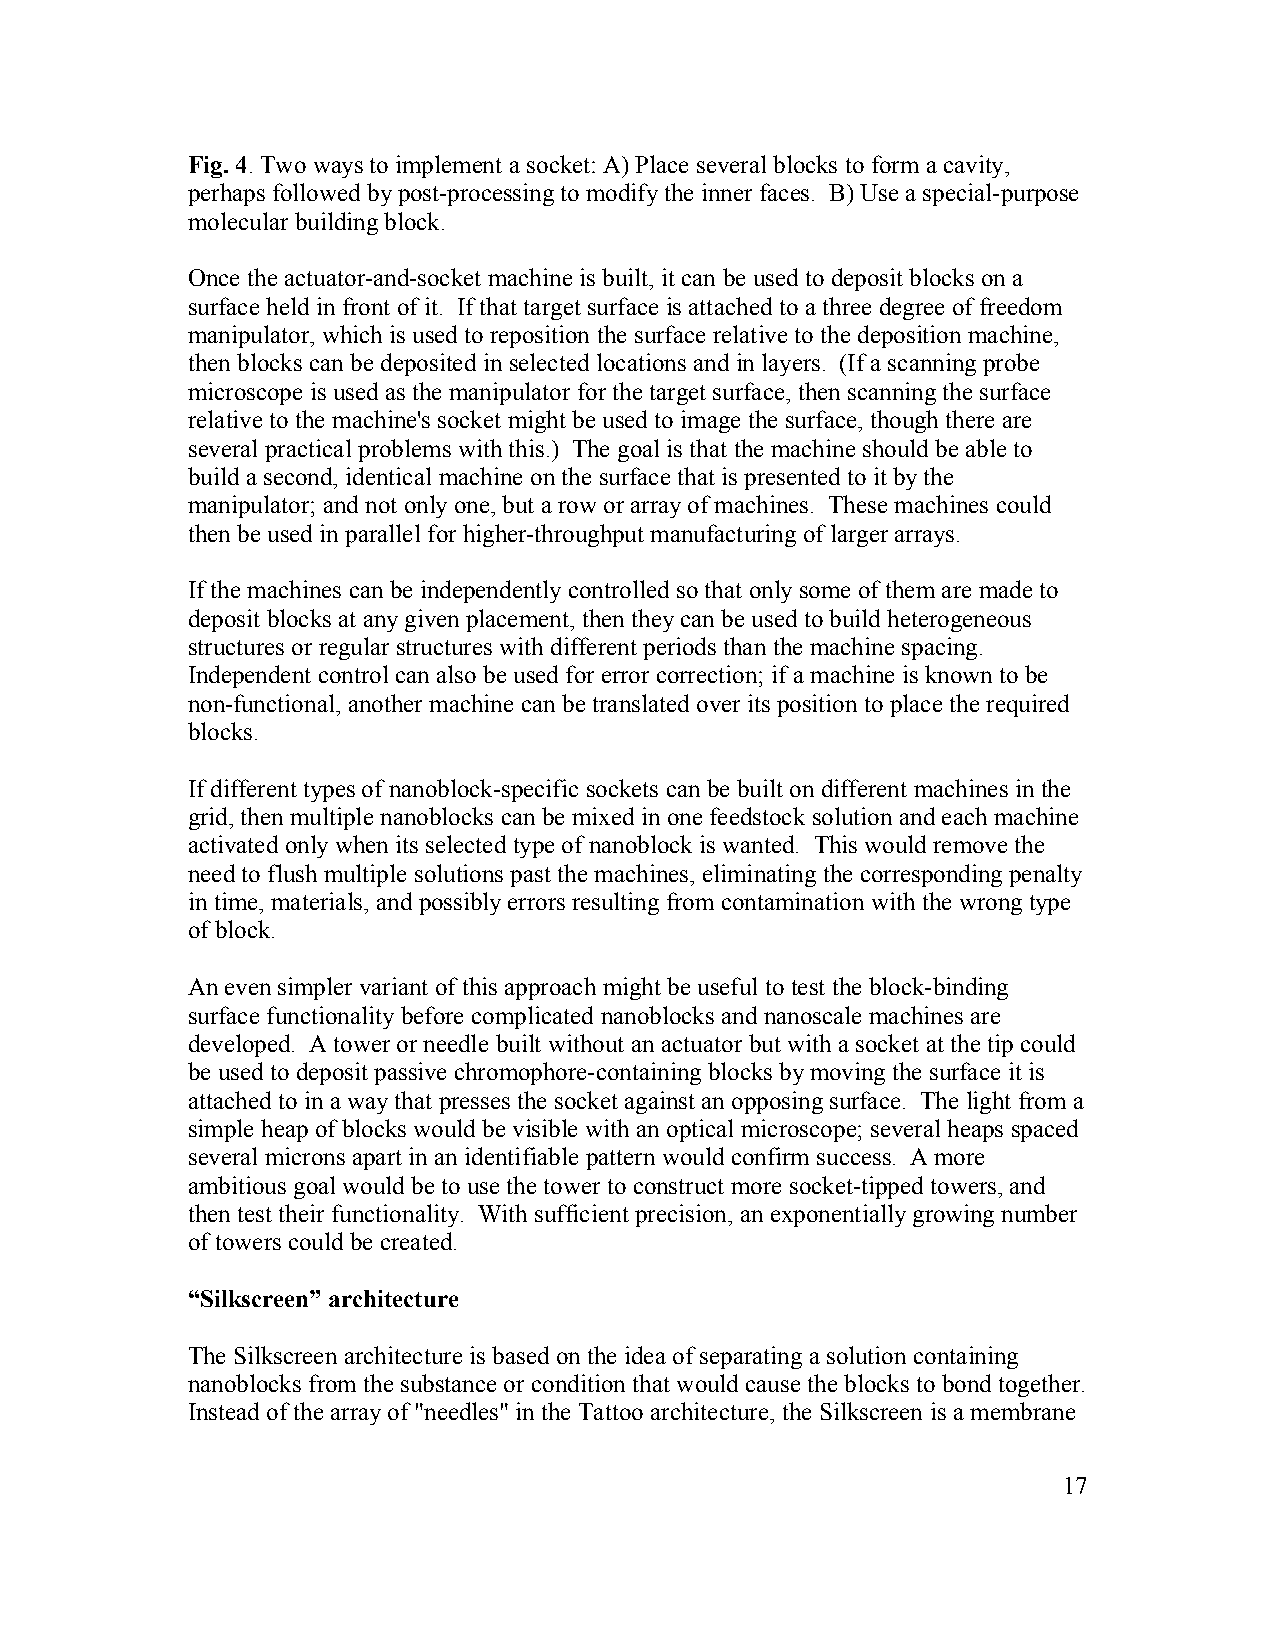
Fig. 4. Two ways to implement a socket: A) Place several blocks to form a cavity,
 perhaps followed by post-processing to modify the inner faces. B) Use a special-purpose
 molecular building block.
 Once the actuator-and-socket machine is built, it can be used to deposit blocks on a
 surface held in front of it. If that target surface is attached to a three degree of freedom
 manipulator, which is used to reposition the surface relative to the deposition machine,
 then blocks can be deposited in selected locations and in layers. (If a scanning probe
 microscope is used as the manipulator for the target surface, then scanning the surface
 relative to the machine's socket might be used to image the surface, though there are
 several practical problems with this.) The goal is that the machine should be able to
 build a second, identical machine on the surface that is presented to it by the
 manipulator; and not only one, but a row or array of machines. These machines could
 then be used in parallel for higher-throughput manufacturing of larger arrays.
 If the machines can be independently controlled so that only some of them are made to
 deposit blocks at any given placement, then they can be used to build heterogeneous
 structures or regular structures with different periods than the machine spacing.
 Independent control can also be used for error correction; if a machine is known to be
 non-functional, another machine can be translated over its position to place the required
 blocks.
 If different types of nanoblock-specific sockets can be built on different machines in the
 grid, then multiple nanoblocks can be mixed in one feedstock solution and each machine
 activated only when its selected type of nanoblock is wanted. This would remove the
 need to flush multiple solutions past the machines, eliminating the corresponding penalty
 in time, materials, and possibly errors resulting from contamination with the wrong type
 of block.
 An even simpler variant of this approach might be useful to test the block-binding
 surface functionality before complicated nanoblocks and nanoscale machines are
 developed. A tower or needle built without an actuator but with a socket at the tip could
 be used to deposit passive chromophore-containing blocks by moving the surface it is
 attached to in a way that presses the socket against an opposing surface. The light from a
 simple heap of blocks would be visible with an optical microscope; several heaps spaced
 several microns apart in an identifiable pattern would confirm success. A more
 ambitious goal would be to use the tower to construct more socket-tipped towers, and
 then test their functionality. With sufficient precision, an exponentially growing number
 of towers could be created.
 “Silkscreen” architecture
 The Silkscreen architecture is based on the idea of separating a solution containing
 nanoblocks from the substance or condition that would cause the blocks to bond together.
 Instead of the array of "needles" in the Tattoo architecture, the Silkscreen is a membrane
 17